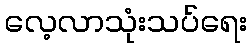
လေ့လာသုံးသပ်ရေး